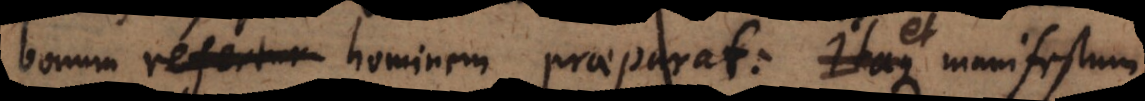
bonum refertur hominem praeparat: et manifestum